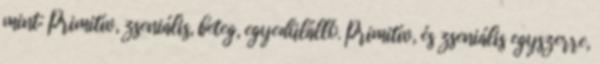
mint: Primitív, zseniális, beteg, egyedülálló. Primitív, és zseniális egyszerre,